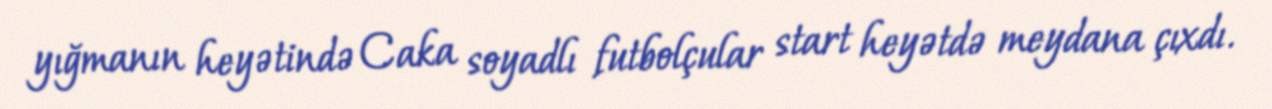
yığmanın heyətində Caka soyadlı futbolçular start heyətdə meydana çıxdı.